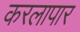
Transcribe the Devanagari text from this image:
करलापार